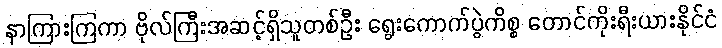
နာကြားကြကာ ဗိုလ်ကြီးအဆင့်ရှိသူတစ်ဦး ရွေးကောက်ပွဲကိစ္စ တောင်ကိုးရီးယားနိုင်ငံ